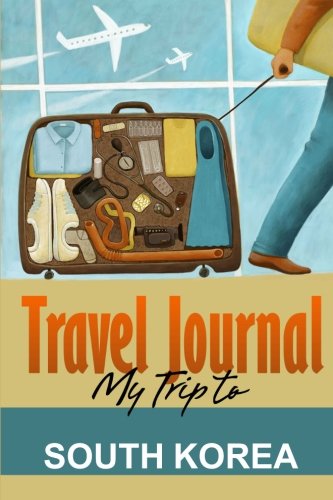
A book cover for Travel Journal: My Trip to South Korea; Travel Diary; Travel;